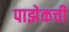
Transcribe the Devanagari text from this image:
पाझेकची